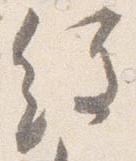
経